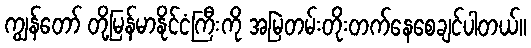
ကျွန်တော် တို့မြန်မာနိုင်ငံကြီးကို အမြဲတမ်းတိုးတက်နေစေချင်ပါတယ်။